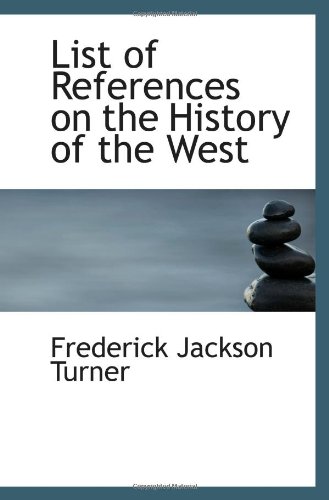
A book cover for List of References on the History of the West; Frederick Jackson Turner; Reference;